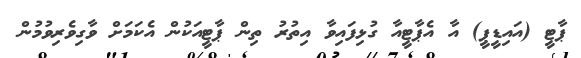
ޕާޓީ (އައިޑީޕީ) އާ އެޕާޓީއާ ގުޅިފައިވާ އިތުރު ތިން ޕާޓީއަކުން އެކަމަށް ވާގިވެރިވުމުން